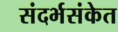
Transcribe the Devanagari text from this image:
संदर्भसंकेत